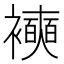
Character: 襫